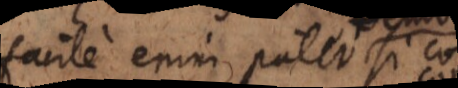
facile enim patet si co